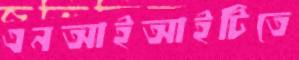
এনআইআইটিতে